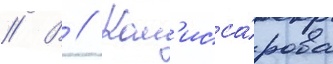
// В // Ком'исса́рова